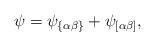
\begin{align*}\psi=\psi_{\{\alpha\beta\} } +\psi_{\left [\alpha\beta\right ]},\end{align*}